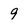
Character: 9